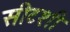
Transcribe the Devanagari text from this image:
सीटशी